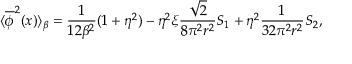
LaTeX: \langle \overline { { { \phi } } } ^ { 2 } ( x ) \rangle _ { \beta } = \frac { 1 } { 1 2 \beta ^ { 2 } } ( 1 + \eta ^ { 2 } ) - \eta ^ { 2 } \xi \frac { \sqrt { 2 } } { 8 \pi ^ { 2 } r ^ { 2 } } S _ { 1 } + \eta ^ { 2 } \frac { 1 } { 3 2 \pi ^ { 2 } r ^ { 2 } } S _ { 2 } ,